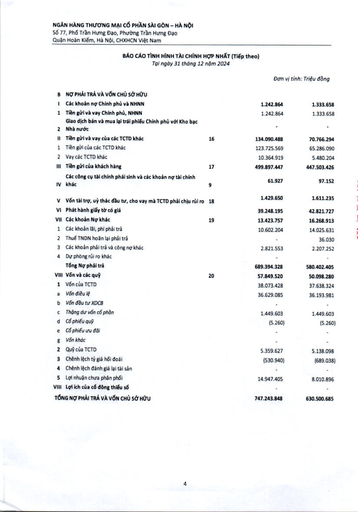
|||||| |---|---|---|---|---| |I|Các khoản nợ Chính phủ và NHNN||1.242.864|1.333.658| |1|Tiền gửi và vay Chính phủ, NHNN Giao dịch bán và mua lại trái phiếu Chính phủ với Kho bạc||1.242.864|1.333.658| |2|Nhà nước||-|| |II|Tiền gửi và vay của các TCTD khác|16|134.090.488|70.766.294| |1|Tiền gửi của các TCTD khác||123.725.569|65.286.090| |2|Vay các TCTD khác||10.364.919|5.480.204| |III|Tiền gửi của khách hàng|17|499.897.447|447.503.426| |IV|Các công cụ tài chính phái sinh và các khoản nợ tài chính khác|9|61.927|97.152| |V|Vốn tài trợ, ủy thác đầu tư, cho vay mà TCTD phải chịu rủi ro|18|1.429.650|1.611.235| |VI|Phát hành giấy tờ có giá||39.248.195|42.821.727| |VII|Các khoản Nợ khác|19|13.423.757|16.268.913| |1|Các khoản lãi, phí phải trả||10.602.204|14.025.631| |2|Thuế TNDN hoãn lại phải trả||-|36.030| |3|Các khoản phải trả và công nợ khác||2.821.553|2.207.252| |4|Dự phòng rủi ro khác||-|| ||Tổng Nợ phải trả||689.394.328|580.402.405| |VIII|Vốn và các quỹ|20|57.849.520|50.098.280| |1|Vốn của TCTD||38.073.428|37.638.324| |a|Vốn điều lệ||36.629.085|36.193.981| |b|Vốn đầu tư XDCB||-|| |c|Thặng dư vốn cổ phần||1.449.603|1.449.603| |d|Cổ phiếu quỹ||(5.260)|(5.260)| |e|Cổ phiếu ưu đãi||-|-| |g|Vốn khác||-|-| |2|Quỹ của TCTD||5.359.627|5.138.098| |3|Chênh lệch tỷ giá hối đoái||(530.940)|(689.038)| |4|Chênh lệch đánh giá lại tài sản||-|-| |5|Lợi nhuận chưa phân phối||14.947.405|8.010.896| |VIII|Lợi ích của cổ đông thiểu số||-|-| ||TỔNG NỢ PHẢI TRẢ VÀ VỐN CHỦ SỞ HỮU||747.243.848|630.500.685|